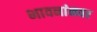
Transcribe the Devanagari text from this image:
भावनांनवर